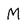
Character: M